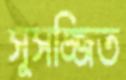
সুসজ্জিত